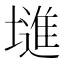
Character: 𱗽